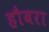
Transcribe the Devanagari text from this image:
हौबरा